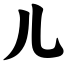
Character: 儿